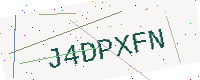
Text: J4DPXFN